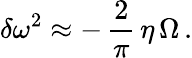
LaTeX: \delta\omega^{2}\approx-\, \frac{2}{\pi}\, \eta\, \Omega\, .